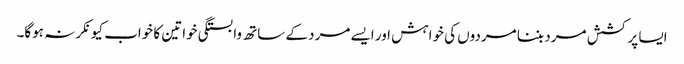
ایسا پرکشش مرد بننا مردوں کی خواہش اور ایسے مرد کے ساتھ وابستگی خواتین کا خواب کیونکر نہ ہوگا۔